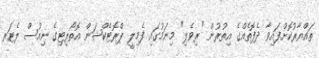
ތައްޔާރުކޮށްފައިވާ ދެފޮތެއްގެ އިތުރުން "ރިވެލި" މިނަމުގައި ފެމިލީ ޕްރޮޓެކްޝަން އޮތޯރިޓިގެ ނިއުސް ލެޓަރ